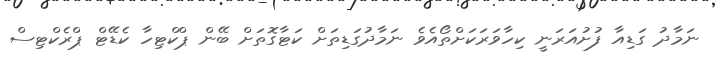
ނަމާދު ގަޑިއާ ފުށުއަރަނީ ކިހާވަރަކަށްތޯއެވެ ނަމާދުގަޑިތަށް ކަޓާގޮތަށް ބޭން ޕްކްޓިހާ ކެޑޭޓް ޕްރެކްޓިސް